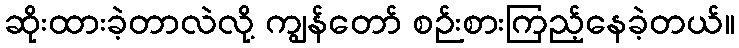
ဆိုးထားခဲ့တာလဲလို့ ကျွန်တော် စဉ်းစားကြည့်နေခဲ့တယ်။